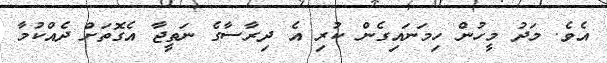
އެވެ. މަދު މީހުން ހިމަނައިގެން ކުރި އެ ދިރާސާގެ ނަތީޖާ އެގޮތަށް ދެއްކުމާ